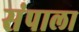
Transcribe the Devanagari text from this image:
संपाला